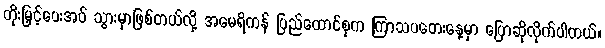
တိုးမြှင့်ပေးအပ် သွားမှာဖြစ်တယ်လို့ အမေရိကန် ပြည်ထောင်စုက ကြာသပတေးနေ့မှာ ပြောဆိုလိုက်ပါတယ်။